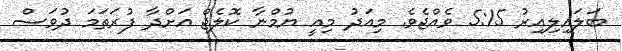
ބަލައިލިއިރު 5:15 ވެއްޖެވެ. މިއަދު މިއީ ޔުމްނާ ކޮލެޖް އަށްދާ ފުރަތަމަ ދުވަސް